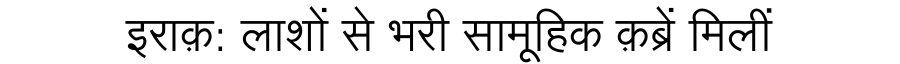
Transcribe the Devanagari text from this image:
इराक़: लाशों से भरी सामूहिक क़ब्रें मिलीं